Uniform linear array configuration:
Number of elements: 48
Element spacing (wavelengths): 1
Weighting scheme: hann
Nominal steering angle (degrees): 0
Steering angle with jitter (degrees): -1.659
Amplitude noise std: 0.05
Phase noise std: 0.05

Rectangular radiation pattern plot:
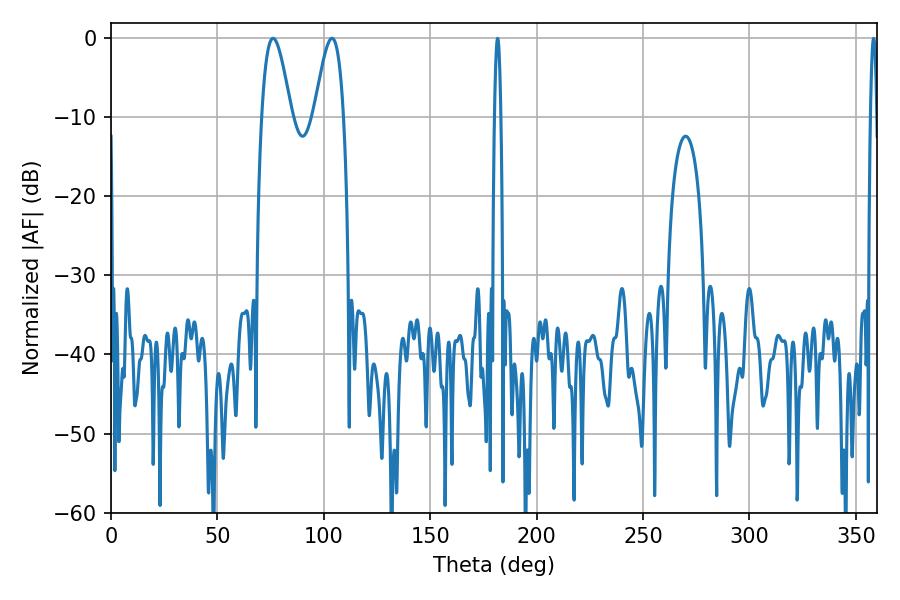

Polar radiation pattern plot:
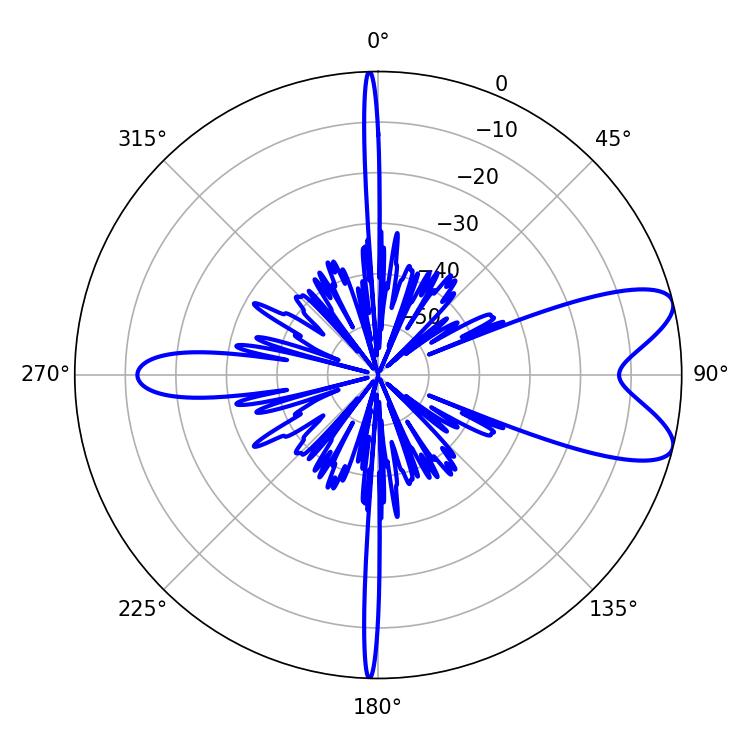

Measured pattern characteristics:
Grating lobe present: TRUE
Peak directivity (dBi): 8.603
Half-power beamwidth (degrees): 7.56
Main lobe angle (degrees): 76.14